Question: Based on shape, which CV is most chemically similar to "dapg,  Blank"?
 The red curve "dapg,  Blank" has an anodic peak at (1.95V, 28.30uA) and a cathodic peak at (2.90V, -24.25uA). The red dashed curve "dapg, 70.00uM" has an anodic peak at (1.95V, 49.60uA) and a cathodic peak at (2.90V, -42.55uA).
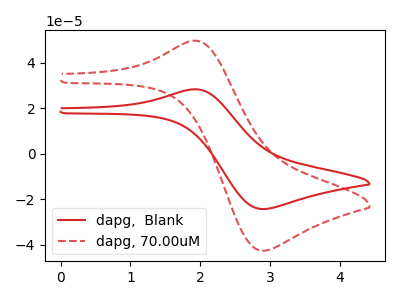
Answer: <think>All the peaks in "dapg,  Blank" have a peak in "dapg, 70.00uM" at the same potential. Every peak in "dapg,  Blank" is lower than every peak in "dapg, 70.00uM".
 </think>
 <answer>The CV with the most similar shape to "dapg, 70.00uM" is "dapg,  Blank".</answer>
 <eval>"dapg,  Blank"</eval>